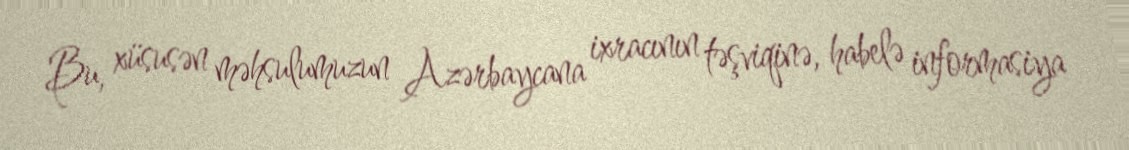
Bu, xüsusən məhsulumuzun Azərbaycana ixracının təşviqinə, habelə informasiya